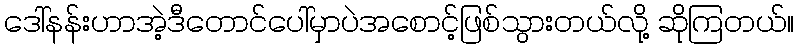
ဒေါ်နန်းဟာအဲ့ဒီတောင်ပေါ်မှာပဲအစောင့်ဖြစ်သွားတယ်လို့ ဆိုကြတယ်။